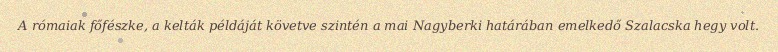
A rómaiak főfészke, a kelták példáját követve szintén a mai Nagyberki határában emelkedő Szalacska hegy volt.